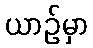
ယာဉ်မှာ